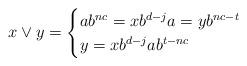
LaTeX: \begin{align*}x\vee y=\begin{cases}ab^{nc}=xb^{d-j}a=yb^{nc-t}&\\y=xb^{d-j}ab^{t-nc}&\end{cases}\end{align*}